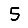
Digit: 5